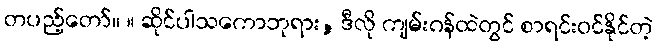
တပည့်တော်။ ။ ဆိုင်ပါသကောဘုရား, ဒီလို ကျမ်းဂန်ထဲတွင် စာရင်းဝင်နိုင်တဲ့